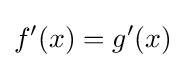
f'(x)=g'(x)